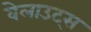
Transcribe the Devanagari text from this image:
वेलाउट्स